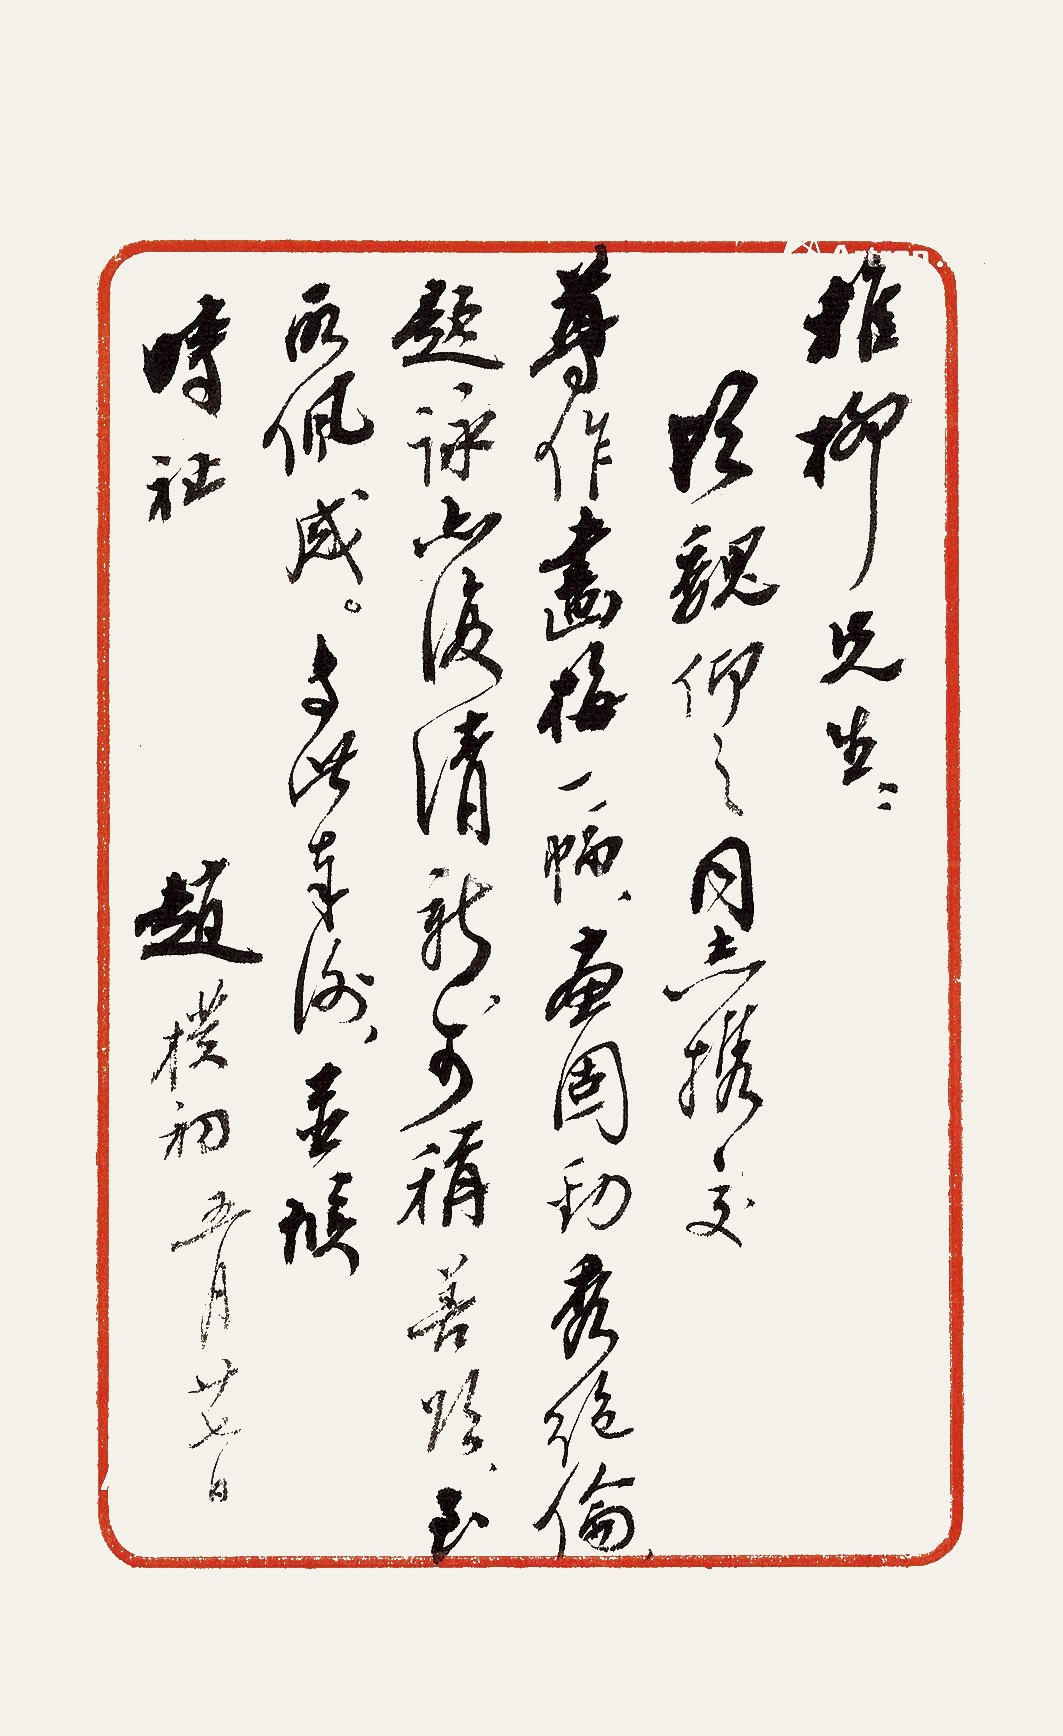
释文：稚柳先生：顷魏仰之同志携交尊作画梅一幅，画固劲秀绝伦，题咏亦复清新，可称善颂，至所佩感。专此奉谢，并候时祉。赵朴初，五月廿七日。